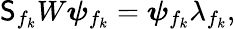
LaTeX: \mathsf{S}_{f_{k}}W\boldsymbol\psi_{f_{k}}=\boldsymbol\psi_{f_{k}}\lambda_{f_{k}},